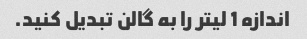
اندازه 1 لیتر را به گالن تبدیل کنید.